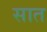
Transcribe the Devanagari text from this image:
सात